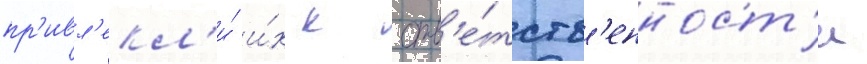
пр'ивл'екл'и́ и́х к отв'е́тств'енност'и